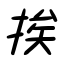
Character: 挨